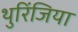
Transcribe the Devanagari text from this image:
थुरिंजिया